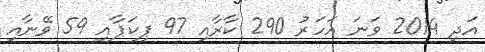
އަދި 2014 ވަނަ އަހަރު 290 ކާރާއި 97 ޕިކަޕާއި 59 ވޭނާއި